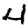
Digit: 4